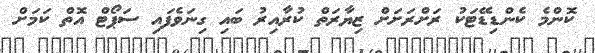
ކޮންމެ ކެންޑިޑޭޓަކު ރަށްރަށަށް ޒިޔާރަތް ކުރާއިރު ބައި ގިނަވެފައި ސަޕޯޓް އޮތް ކަމަށް